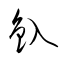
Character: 釞